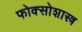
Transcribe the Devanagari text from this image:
फोक्सोशास्त्र